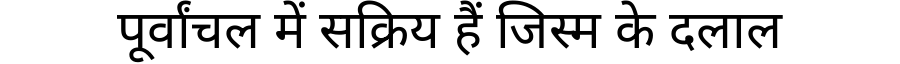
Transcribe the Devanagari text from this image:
पूर्वांचल में सक्रिय हैं जिस्म के दलाल